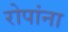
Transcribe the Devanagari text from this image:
रोपांना